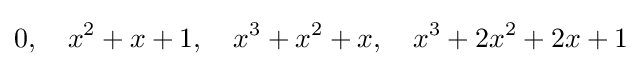
0,\quad x^{2}+x+1,\quad x^{3}+x^{2}+x,\quad x^{3}+2x^{2}+2x+1